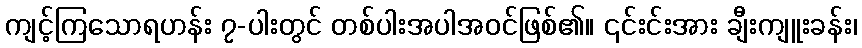
ကျင့်ကြသောရဟန်း ၇-ပါးတွင် တစ်ပါးအပါအဝင်ဖြစ်၏။ ၎င်းင်းအား ချီးကျူးခန်း၊